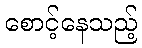
စောင့်နေသည့်